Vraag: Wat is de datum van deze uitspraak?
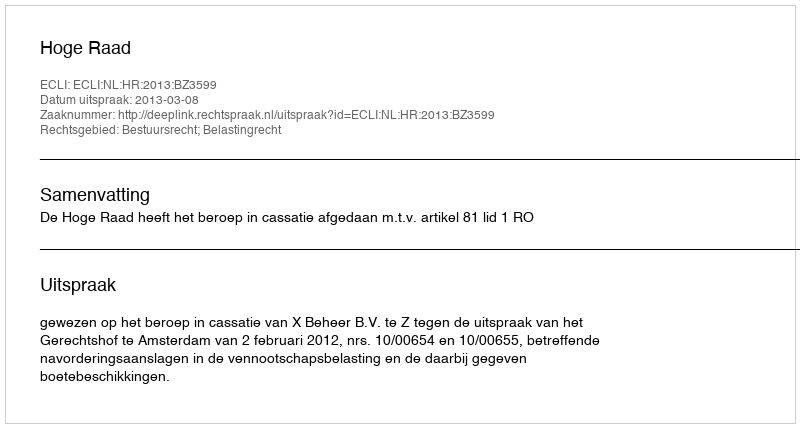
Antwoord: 2013-03-08